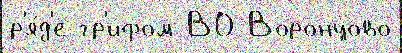
р'я́д'е гр'и́фом ВО Воронцово